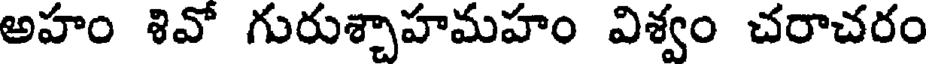
అహం శివో గురుశ్చాహమహం విశ్వం చరాచరం